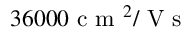
3 6 0 0 0 \mathrm { ~ c ~ m ~ } ^ { 2 } / \mathrm { ~ V ~ s ~ }